Annual statistical returns and brief notes on vaccination in Bengal - 1896-1909
Year: 1896
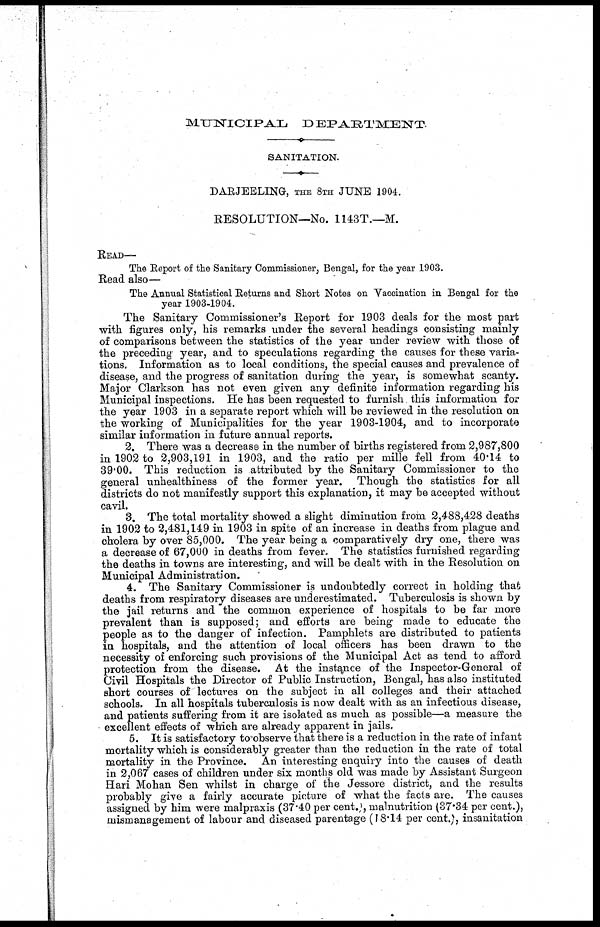
MUNICIPAL
DEPARTMENT.
SANITATION.
DARJEELING, THE 8TH JUNE 1904.
RESOLUTION—No. 1143T.—M.
READ—
The Report of the Sanitary Commissioner, Bengal, for the year 1903.
Read also—
The Annual Statistical Returns and Short Notes on Vaccination in Bengal for the
year 1903-1904.
The Sanitary Commissioner's Report for 1903 deals for the most part
with figures only, his remarks under the several headings consisting mainly
of comparisons between the statistics of the year under review with those of
the preceding year, and to speculations regarding the causes for these varia-
tions. Information as to local conditions, the special causes and prevalence of
disease, and the progress of sanitation during the year, is somewhat scanty.
Major Clarkson has not even given any definite information regarding his
Municipal inspections. He has been requested to furnish this information for
the year 1903 in a separate report which will be reviewed in the resolution on
the working of Municipalities for the year 1903-1904, and to incorporate
similar information in future annual reports.
2. There was a decrease in the number of births registered from 2,987,800
in 1902 to 2,903,191 in 1903, and the ratio per mille fell from 40.14 to
39.00. This reduction is attributed by the Sanitary Commissioner to the
general unhealthiness of the former year. Though the statistics for all
districts do not manifestly support this explanation, it may be accepted without
cavil.
3. The total mortality showed a slight diminution from 2,488,428 deaths
in 1902 to 2,481,149 in 1903 in spite of an increase in deaths from plague and
cholera by over 85,000. The year being a comparatively dry one, there was
a decrease of 67,000 in deaths from fever. The statistics furnished regarding
the deaths in towns are interesting, and will be dealt with in the Resolution on
Municipal Administration.
4. The Sanitary Commissioner is undoubtedly correct in holding that
deaths from respiratory diseases are underestimated. Tuberculosis is shown by
the jail returns and the common experience of hospitals to be far more
prevalent than is supposed; and efforts are being made to educate the
people as to the danger of infection. Pamphlets are distributed to patients
in hospitals, and the attention of local officers has been drawn to the
necessity of enforcing such provisions of the Municipal Act as tend to afford
protection from the disease. At the instance of the Inspector-General of
Civil Hospitals the Director of Public Instruction, Bengal, has also instituted
short courses of lectures on the subject in all colleges and their attached
schools. In all hospitals tuberculosis is now dealt with as an infectious disease,
and patients suffering from it are isolated as much as possible—a measure the
excellent effects of which are already apparent in jails.
5. It is satisfactory to observe that there is a reduction in the rate of infant
mortality which is considerably greater than the reduction in the rate of total
mortality in the Province. An interesting enquiry into the causes of death
in 2,067 cases of children under six months old was made by Assistant Surgeon
Hari Mohan Sen whilst in charge of the Jessore district, and the results
probably give a fairly accurate picture of what the facts are. The causes
assigned by him were malpraxis (37.40 per cent. ), malnutrition (37.34 per cent.),
mismanagement of labour and diseased parentage (18.14 per cent.), insanitation